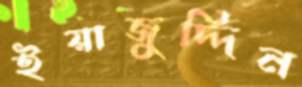
ইয়াজুদ্দিন